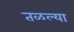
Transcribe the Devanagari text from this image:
तळल्या